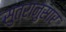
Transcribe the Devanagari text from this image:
सुत्रानुसार